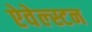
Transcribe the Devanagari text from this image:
ऐवेल्स्टन